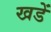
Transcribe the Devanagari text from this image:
खडें